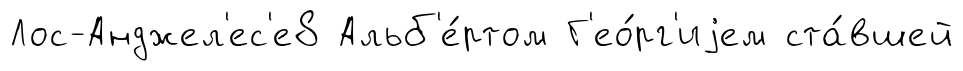
Лос-Анджел'ес'е8 Альб'е́ртом Г'ео́рг'иjем ста́вшей